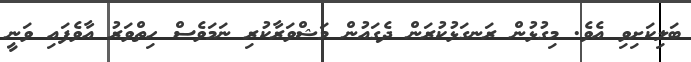
ބަލިކަށިވި އެވެ. މިގުޅުން ރަނގަޅުކުރަން ދެގައުން މަޝްވަރާކުރި ނަމަވެސް ހިތްވަރު އާވެފައި ވަނީ